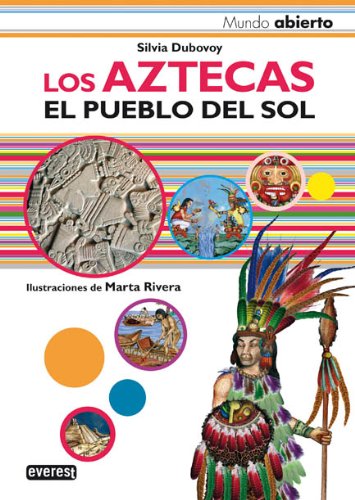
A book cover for Los Aztecas/ The Aztecs: El Pueblo Del Sol/ The People of the Sun (Mundo Abierto/ Open World) (Spanish Edition); Silvia Dubovoy; Children's Books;